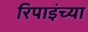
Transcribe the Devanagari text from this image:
रिपाइंच्या